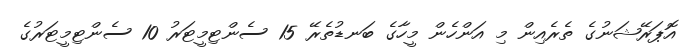
އޮޕަރޭޝަނުގެ ތެރެއިން މި އަންހެން މީހާގެ ބަނޑުތެރޭ 15 ސެންޓިމީޓަރު 10 ސެންޓިމީޓަރުގެ